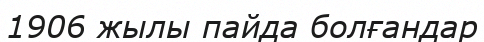
1906 жылы пайда болғандар